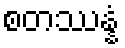
စတဿန္နံ